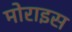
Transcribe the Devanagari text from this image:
मोराइस